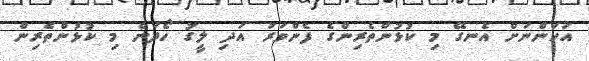
އަހަންނަށް އެނގޭ މި ކުޅުންތެރިންގެ ފެންވަރު އަދި ލީގު ހޯދަން މި ކުޅުންތެރިން